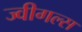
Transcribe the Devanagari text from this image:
ज्वीगल्स